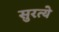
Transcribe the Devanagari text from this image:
सुरत्ये